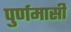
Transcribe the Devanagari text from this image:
पुर्णमासी